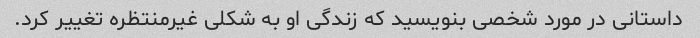
داستانی در مورد شخصی بنویسید که زندگی او به شکلی غیرمنتظره تغییر کرد.